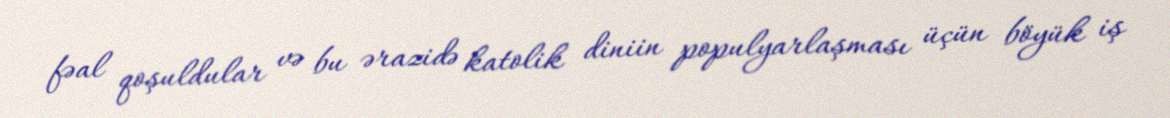
fəal qoşuldular və bu ərazidə katolik diniin populyarlaşması üçün böyük iş